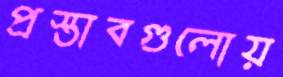
প্রস্তাবগুলোয়